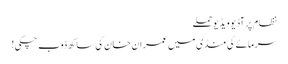
نظام پر آڈیو ویڈیو حملے
سرمائے کی منڈی میں عمران خان کی ساکھ ڈوب چکی!